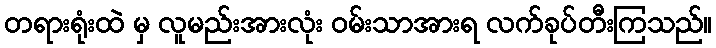
တရားရုံးထဲ မှ လူမည်းအားလုံး ဝမ်းသာအားရ လက်ခုပ်တီးကြသည်။